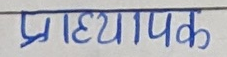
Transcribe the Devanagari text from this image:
प्राध्यापक